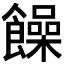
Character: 𩟎